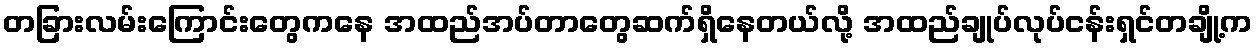
တခြားလမ်းကြောင်းတွေကနေ အထည်အပ်တာတွေဆက်ရှိနေတယ်လို့ အထည်ချုပ်လုပ်ငန်းရှင်တချို့က